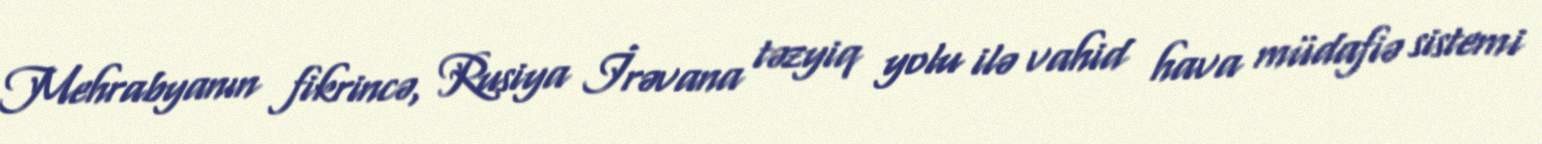
Mehrabyanın fikrincə, Rusiya İrəvana təzyiq yolu ilə vahid hava müdafiə sistemi